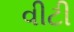
વીટી